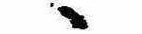
ゝ